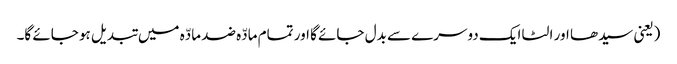
(یعنی سیدھا اور الٹا ایک دوسرے سے بدل جائے گا اور تمام مادّہ ضد مادّہ میں تبدیل ہو جائے گا۔